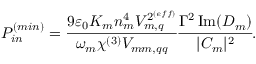
P _ { i n } ^ { ( m i n ) } = \cfrac { 9 \varepsilon _ { 0 } K _ { m } n _ { m } ^ { 4 } V _ { m , q } ^ { 2 ^ { { ( e f f ) } } } } { \omega _ { m } \chi ^ { ( 3 ) } V _ { m m , q q } } \cfrac { \Gamma ^ { 2 } \operatorname { I m } ( D _ { m } ) } { | C _ { m } | ^ { 2 } } .